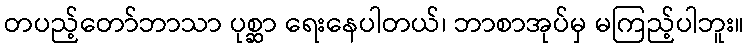
တပည့်တော်ဘာသာ ပုစ္ဆာ ရေးနေပါတယ်၊ ဘာစာအုပ်မှ မကြည့်ပါဘူး။